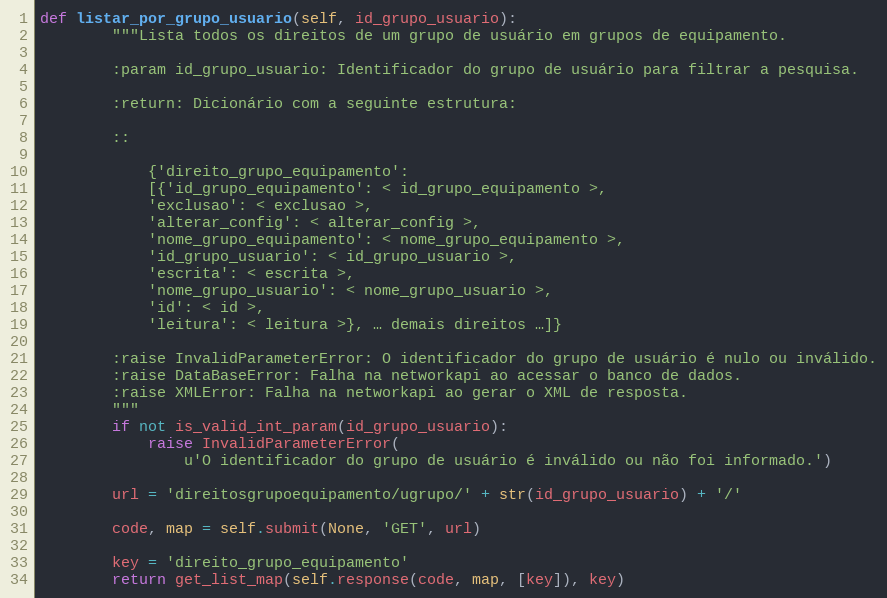
Language: Python
def listar_por_grupo_usuario(self, id_grupo_usuario):
        """Lista todos os direitos de um grupo de usuário em grupos de equipamento.

        :param id_grupo_usuario: Identificador do grupo de usuário para filtrar a pesquisa.

        :return: Dicionário com a seguinte estrutura:

        ::

            {'direito_grupo_equipamento':
            [{'id_grupo_equipamento': < id_grupo_equipamento >,
            'exclusao': < exclusao >,
            'alterar_config': < alterar_config >,
            'nome_grupo_equipamento': < nome_grupo_equipamento >,
            'id_grupo_usuario': < id_grupo_usuario >,
            'escrita': < escrita >,
            'nome_grupo_usuario': < nome_grupo_usuario >,
            'id': < id >,
            'leitura': < leitura >}, … demais direitos …]}

        :raise InvalidParameterError: O identificador do grupo de usuário é nulo ou inválido.
        :raise DataBaseError: Falha na networkapi ao acessar o banco de dados.
        :raise XMLError: Falha na networkapi ao gerar o XML de resposta.
        """
        if not is_valid_int_param(id_grupo_usuario):
            raise InvalidParameterError(
                u'O identificador do grupo de usuário é inválido ou não foi informado.')

        url = 'direitosgrupoequipamento/ugrupo/' + str(id_grupo_usuario) + '/'

        code, map = self.submit(None, 'GET', url)

        key = 'direito_grupo_equipamento'
        return get_list_map(self.response(code, map, [key]), key)